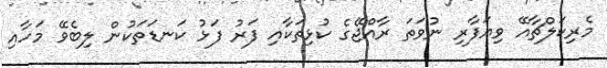
މެރިކަލްޗާއޭ ވިޔަފާރި ނުވަތަ ރާއްޖޭގެ ކުޅިތަކާއި ފަރު ފަޅު ކަނޑަތަކުން ލިބެވޭ މަހާއި